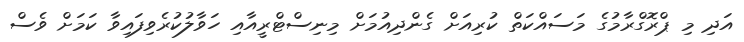
އަދި މި ޕްރޮގްރާމުގެ މަސައްކަތް ކުރިއަށް ގެންދިއުމަށް މިނިސްޓްރީއާއި ހަވާލުކުރެވިފައިވާ ކަމަށް ވެސް